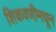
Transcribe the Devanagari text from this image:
शिकवणीमधून